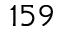
1 5 9